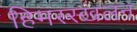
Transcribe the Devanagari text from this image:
हिमस्स्खलन